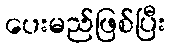
ပေးမည်ဖြစ်ပြီး